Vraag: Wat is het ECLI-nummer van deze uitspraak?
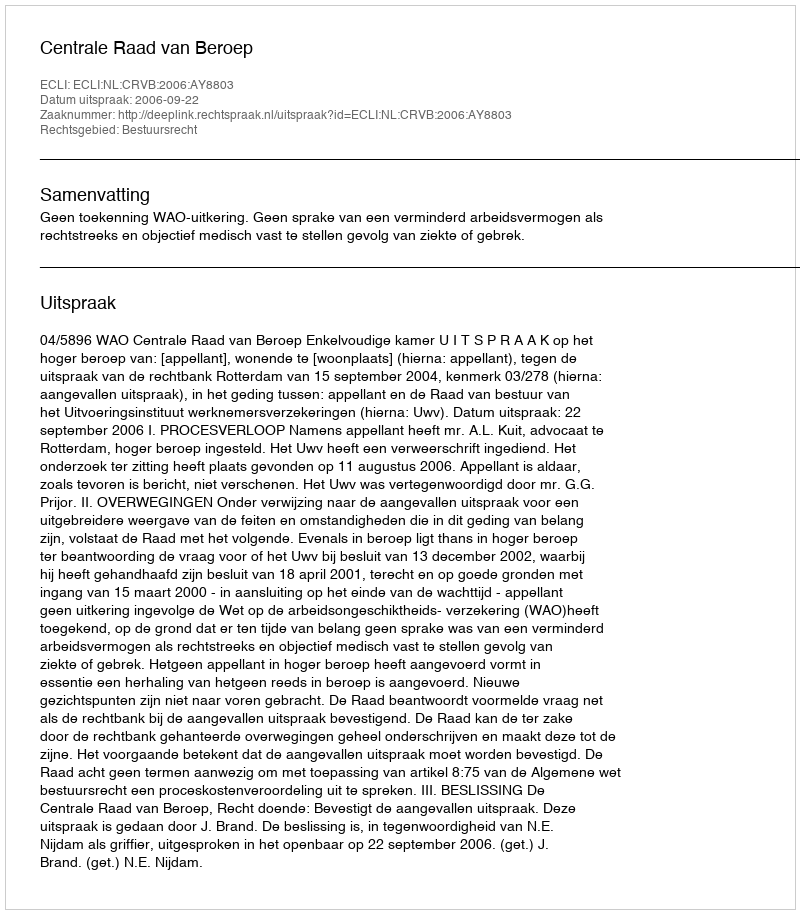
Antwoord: ECLI:NL:CRVB:2006:AY8803